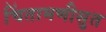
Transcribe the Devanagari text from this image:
चिंतामणीसुत